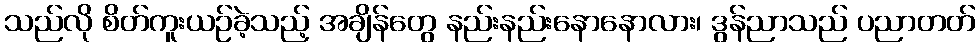
သည်လို စိတ်ကူးယဉ်ခဲ့သည့် အချိန်တွေ နည်းနည်းနောနောလား၊ ဒွန်ညာသည် ပညာတတ်